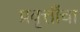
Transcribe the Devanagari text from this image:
प्रवृत्तींचा